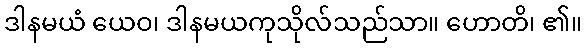
ဒါနမယံ ယေဝ၊ ဒါနမယကုသိုလ်သည်သာ။ ဟောတိ၊ ၏။